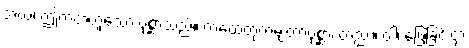
အယံ၊ ဤကထံဟူသော ပုစ္ဆာသည်။ ကထေတုကမျတာပုစ္ဆာ၊ တည်း။ ဝါ၊ ဖြေခြင်းငှာ